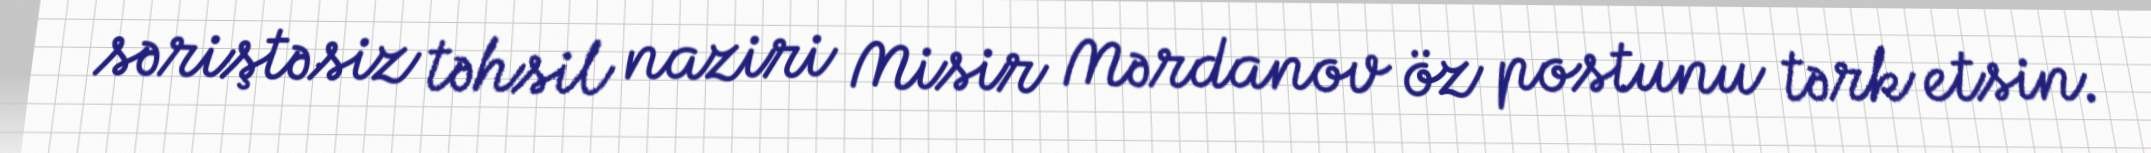
səriştəsiz təhsil naziri Misir Mərdanov öz postunu tərk etsin.